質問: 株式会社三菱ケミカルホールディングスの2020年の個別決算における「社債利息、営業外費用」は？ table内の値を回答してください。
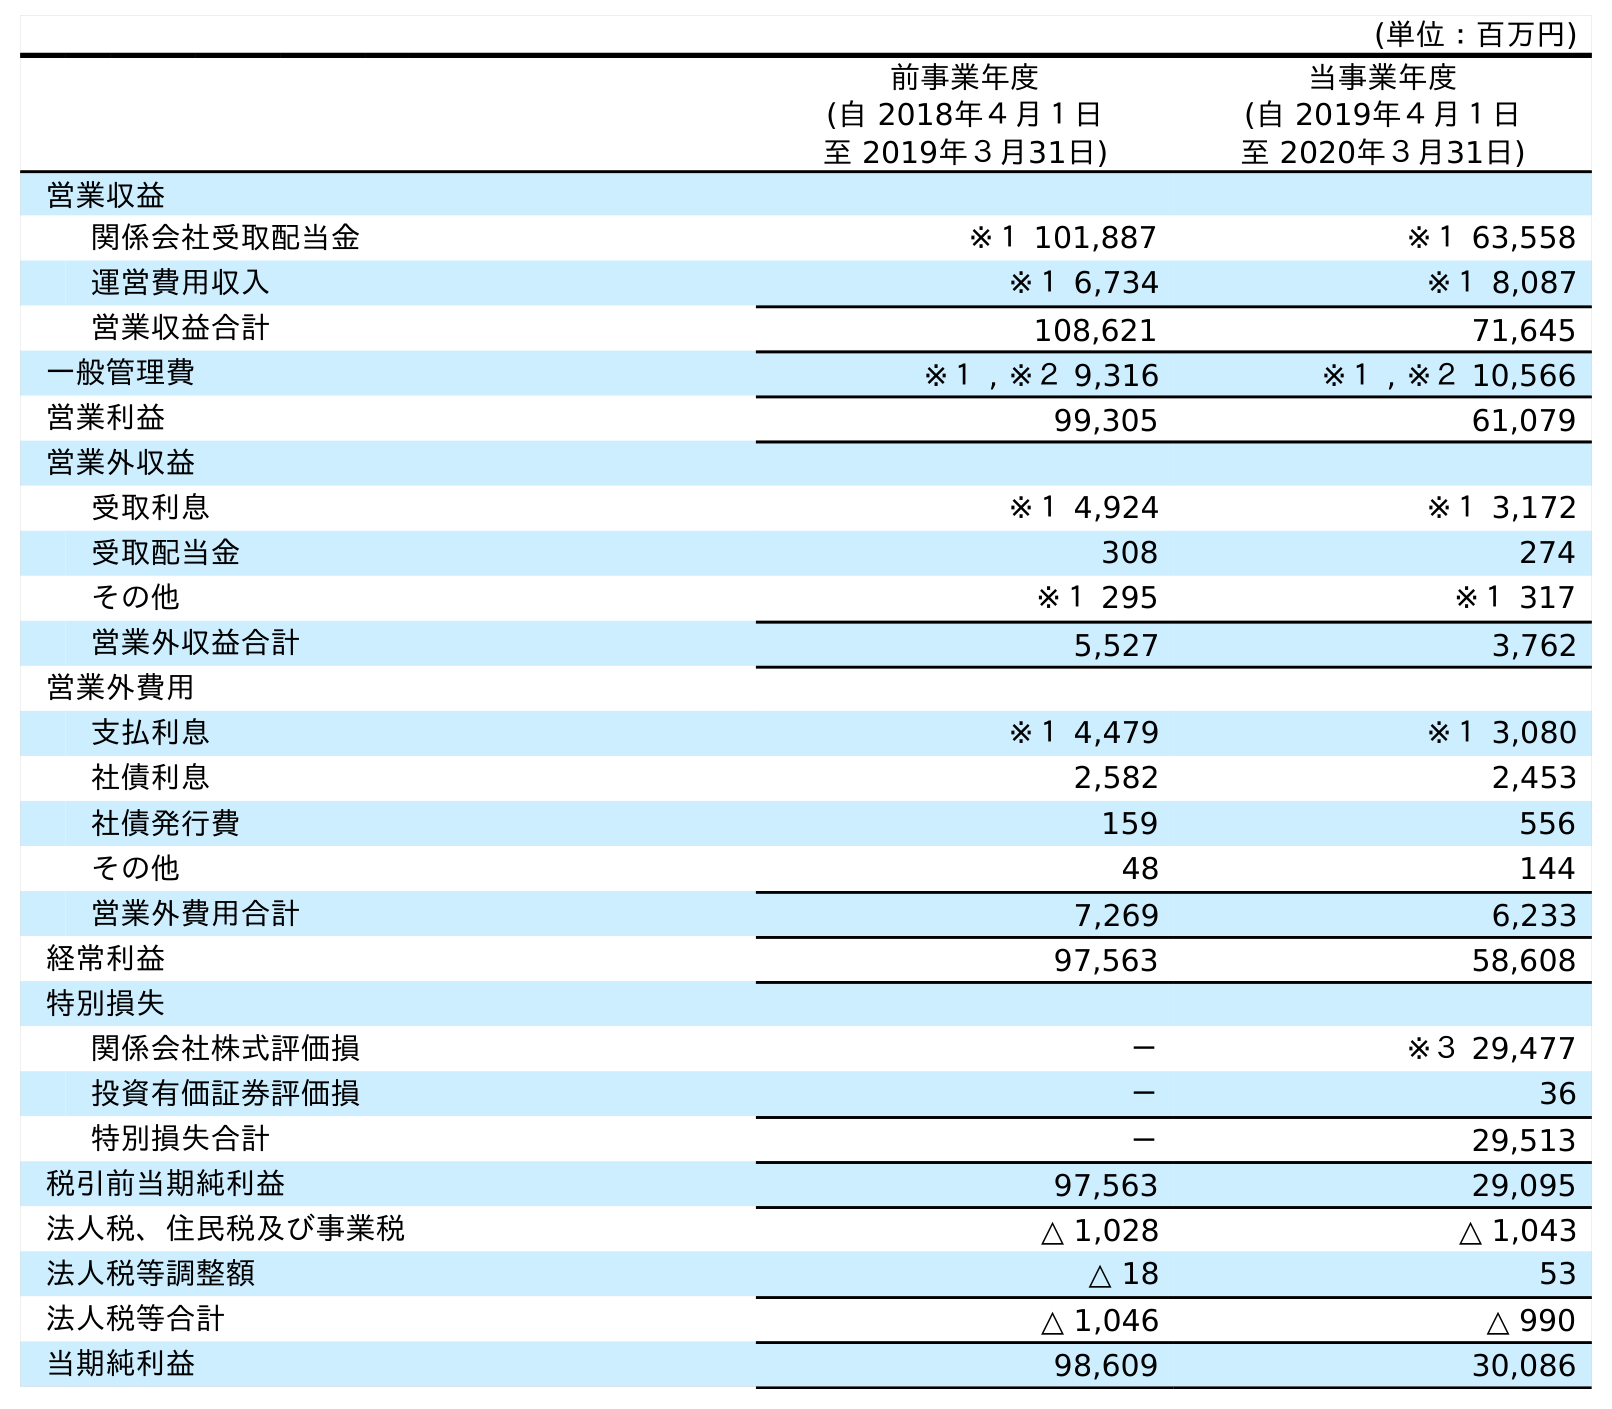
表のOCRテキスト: (単位：百万円) 前事業年度 (自 2018年４月１日 至 2019年３月31日) 当事業年度 (自 2019年４月１日 至 2020年３月31日) 営業収益 関係会社受取配当金 ※１ 101,887 ※１ 63,558 運営費用収入 ※１ 6,734 ※１ 8,087 営業収益合計 108,621 71,645 一般管理費 ※１ , ※２ 9,316 ※１ , ※２ 10,566 営業利益 99,305 61,079 営業外収益 受取利息 ※１ 4,924 ※１ 3,172 受取配当金 308 274 その他 ※１ 295 ※１ 317 営業外収益合計 5,527 3,762 営業外費用 支払利息 ※１ 4,479 ※１ 3,080 社債利息 2,582 2,453 社債発行費 159 556 その他 48 144 営業外費用合計 7,269 6,233 経常利益 97,563 58,608 特別損失 関係会社株式評価損 － ※３ 29,477 投資有価証券評価損 － 36 特別損失合計 － 29,513 税引前当期純利益 97,563 29,095 法人税、住民税及び事業税 △ 1,028 △ 1,043 法人税等調整額 △ 18 53 法人税等合計 △ 1,046 △ 990 当期純利益 98,609 30,086
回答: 2,453